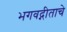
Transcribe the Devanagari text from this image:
भगवद्गीताचे